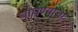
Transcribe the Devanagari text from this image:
बाधण्याचा